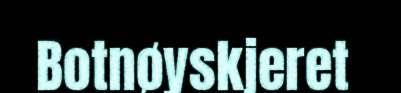
Botnøyskjeret